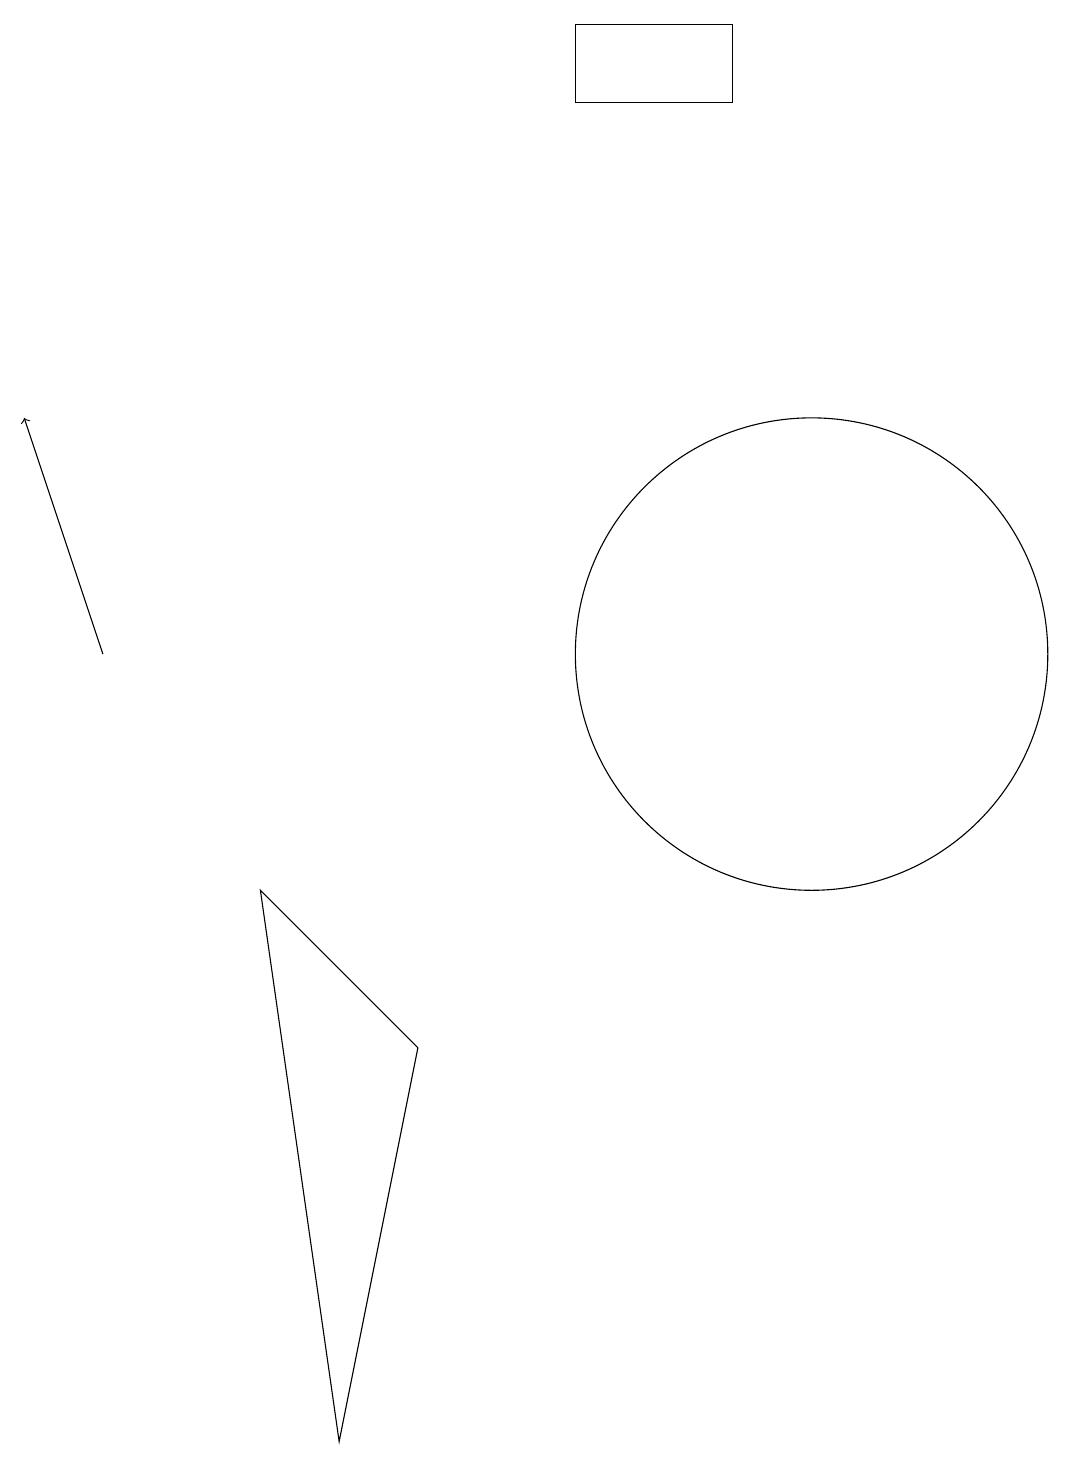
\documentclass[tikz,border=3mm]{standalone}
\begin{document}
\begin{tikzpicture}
\draw[->] (1,10) -- (0,13);
\draw (6,12) rectangle (6,12);
\draw (7,18) rectangle (9,17);
\draw (5,5) -- (4,0) -- (3,7) -- cycle;
\draw (10,10) circle (3);
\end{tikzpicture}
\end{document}